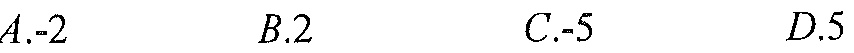
\(A. - 2\) \(\qquad B. 2\) \(\qquad C. - 5\) \(\qquad D. 5\)